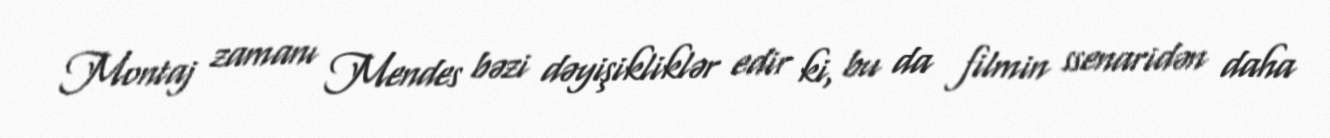
Montaj zamanı Mendes bəzi dəyişikliklər edir ki, bu da filmin ssenaridən daha